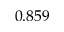
0 . 8 5 9